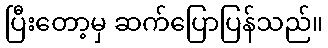
ပြီးတော့မှ ဆက်ပြောပြန်သည်။